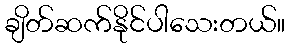
ချိတ်ဆက်နိုင်ပါသေးတယ်။